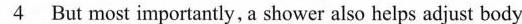
\underline{4} But most importantly, a shower also helps adjust body